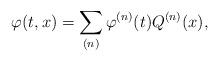
LaTeX: \begin{align*}\varphi(t,x) = \sum_{(n)} \varphi^{(n)}(t)Q^{(n)}(x),\end{align*}